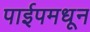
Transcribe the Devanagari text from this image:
पाईपमधून